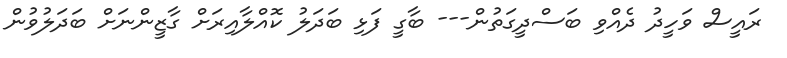
ރައީސް ވަހީދު ދެއްވި ބަސްދީގަތުން--- ބާގީ ފަޅި ބަދަލު ކޮއްލާއިރަށް ގާޒީންނަށް ބަދަލުވުން